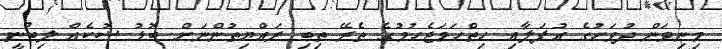
މިނިވަން ދުވަހުގެ އުފަލާއި ހިތްހަމަޖެހުމުގެ ތެރޭ ތިބި ރައްޔިތުންނަށް ބޮޑު ޝޮކެއް ލިބުނީ